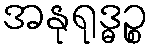
အနုရုဒ္ဓဉ္စ